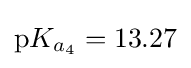
\mathrm {p} K_{a_{4}}=13.27